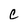
Character: e